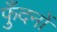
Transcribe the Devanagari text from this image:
फुँदनों